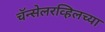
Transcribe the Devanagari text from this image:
चॅन्सेलरव्हिलच्या